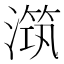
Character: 𣽆